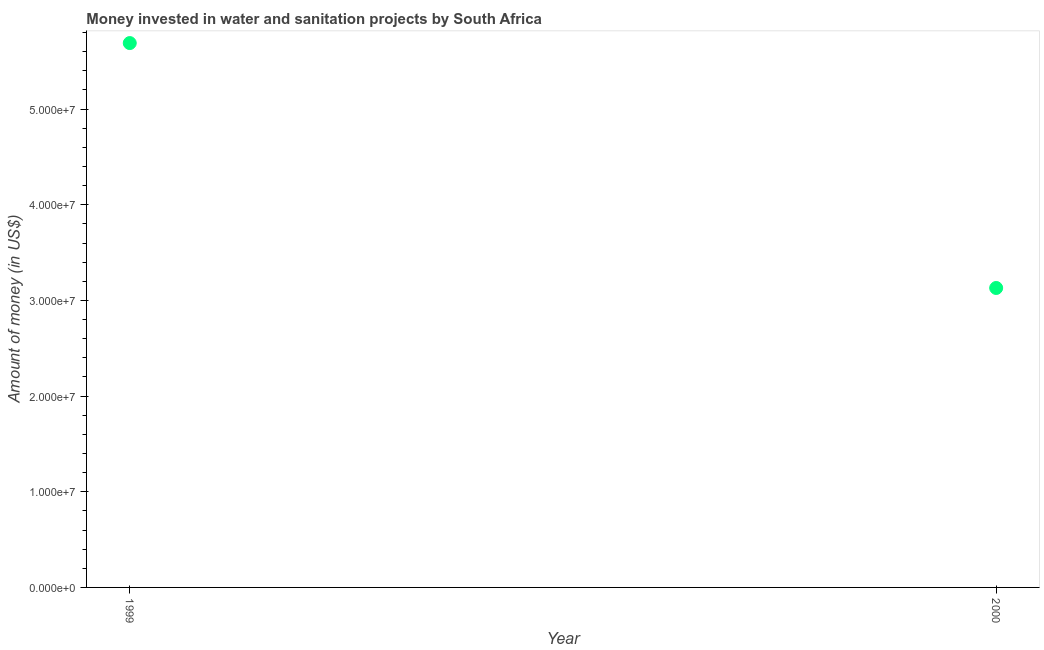
| Year | Investment |
 | --- | --- |
 | 1999 | 5.69e+07 |
 | 2000 | 3.13e+07 |